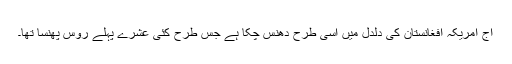
آج امریکہ افغانستان کی دلدل میں اسی طرح دھنس چکا ہے جس طرح کئی عشرے پہلے روس پھنسا تھا۔